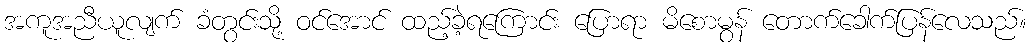
အကူအညီယူလျက် ခံတွင်းသို့ ဝင်အောင် ထည့်ခဲ့ရကြောင်း ပြောရာ မိစောမွန် တောက်ခေါက်ပြန်လေသည်။